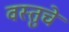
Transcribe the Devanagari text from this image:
वस्तुचे